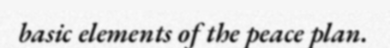
basic elements of the peace plan.